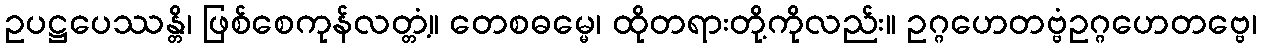
ဥပဋ္ဌပေဿန္တိ၊ ဖြစ်စေကုန်လတ္တံ့။ တေစဓမ္မေ၊ ထိုတရားတို့ကိုလည်း။ ဥဂ္ဂဟေတဗ္ဗံဥဂ္ဂဟေတဗ္ဗေ၊